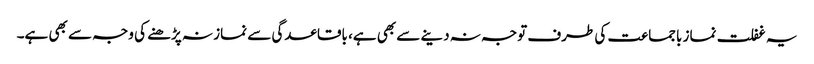
یہ غفلت نماز باجماعت کی طرف توجہ نہ دینے سے بھی ہے، باقاعدگی سے نماز نہ پڑھنے کی وجہ سے بھی ہے۔